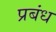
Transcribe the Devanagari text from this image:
प्रबंध